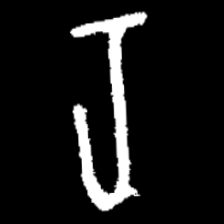
Pyu character \u2014 Myanmar letter: ရ (romanized: ra)